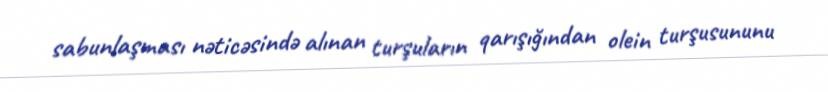
sabunlaşması nəticəsində alınan turşuların qarışığından olein turşusununu